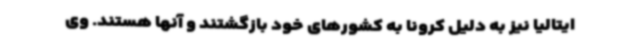
ایتالیا نیز به دلیل کرونا به کشورهای خود بازگشتند و آنها هستند. وی